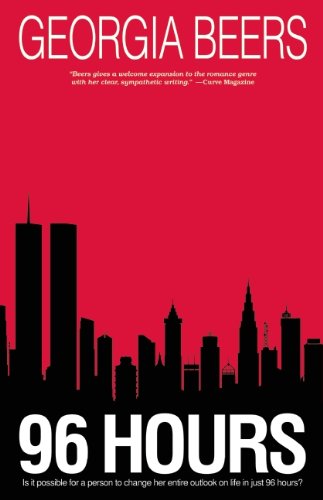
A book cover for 96 Hours; Georgia Beers; Romance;